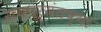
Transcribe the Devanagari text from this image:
रायपर्यंतच्या